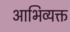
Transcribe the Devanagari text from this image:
आभिव्यक्त